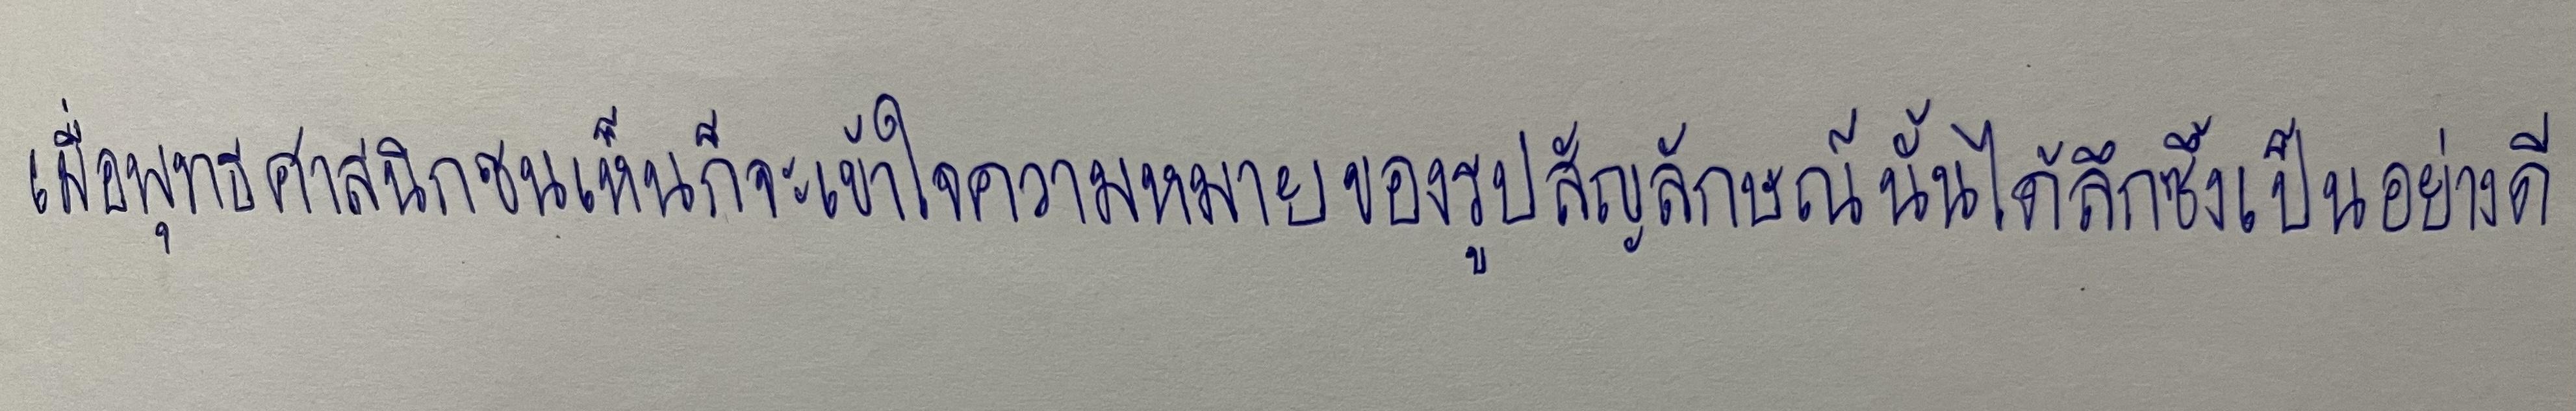
เมื่อพุทธศาสนิกชนเห็นก็จะเข้าใจความหมายของรูปสัญลักษณ์นั้นได้ลึกซึ้งเป็นอย่างดี